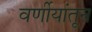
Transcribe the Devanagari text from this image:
वर्णीयांतून